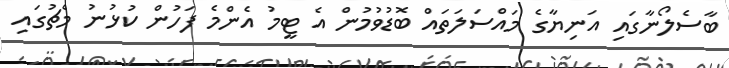
ބާސެލޯނާގައި އަނިޔާގެ މައްސަލަތައް ބޮޑުވުމުން އެ ޓީމު އެންމެ ފަހުން ކުޅުނު މެޗުގައި